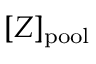
[ Z ] _ { \mathrm { p o o l } }